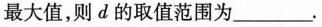
最大值，则d的取值范围为_______。